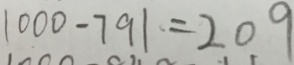
1 0 0 0 - 7 9 1 = 2 0 9